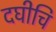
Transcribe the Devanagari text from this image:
दघीचि